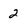
Character: 2